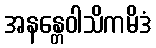
အနန္တေဝါသိကမိဒံ